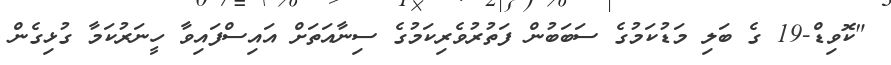
"ކޮވިޑް-19 ގެ ބަލި މަޑުކަމުގެ ސަބަބުން ފަތުރުވެރިކަމުގެ ސިނާއަތަށް އައިސްފައިވާ ހީނަރުކަމާ ގުޅިގެން